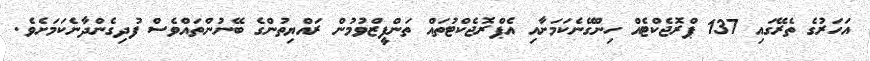
އަހަރުގެ ތެރޭގައި 137 ޕްރޮޖެކްޓެއް ހިންގޭނެކަމަށާއި އެޕްރޮޖެކްޓުތައް ތަންފީޒްވުމުން ރައްޔިތުންގެ ބޭނުންތައްވެސް ފުދިގެންދާނެކަމަށެވެ.